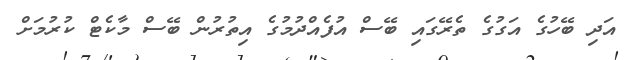
އަދި ބޭހުގެ އަގުގެ ތެރޭގައި ބޭސް އުފެއްދުމުގެ އިތުރުން ބޭސް މާކެޓް ކުރުމަށް